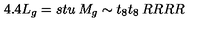
4 . 4 L _ { g } = s t u \: M _ { g } \sim t _ { 8 } t _ { 8 } \: R R R R